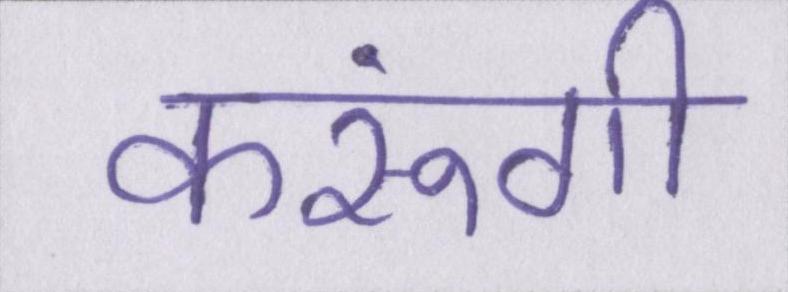
करूंगी